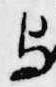
与